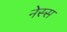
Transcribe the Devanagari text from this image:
नेस्स